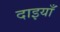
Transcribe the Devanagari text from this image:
दाइयाँ